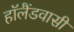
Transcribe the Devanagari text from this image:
हॉलैंडवासी